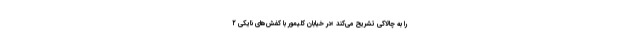
را به چالاکی تشریح می‌کند «در خیابان کِلِیْمور با کفش‌های نایکی ۲